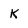
Character: k